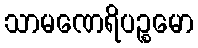
သာမဏေရိပဉ္စမော